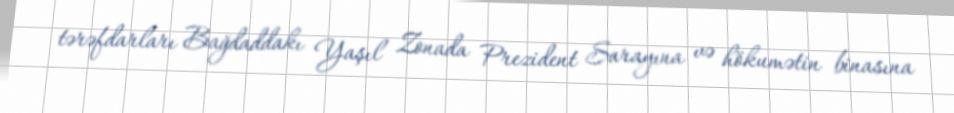
tərəfdarları Bağdaddakı Yaşıl Zonada Prezident Sarayına və hökumətin binasına